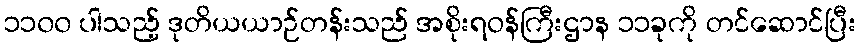
၁၁၀၀ ပါသည့် ဒုတိယယာဉ်တန်းသည် အစိုးရဝန်ကြီးဌာန ၁၁ခုကို တင်ဆောင်ပြီး